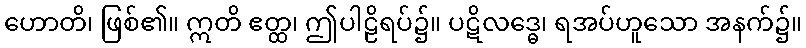
ဟောတိ၊ ဖြစ်၏။ ဣတိ ဧတ္ထ၊ ဤပါဠိရပ်၌။ ပဋိလဒ္ဓေ၊ ရအပ်ဟူသော အနက်၌။